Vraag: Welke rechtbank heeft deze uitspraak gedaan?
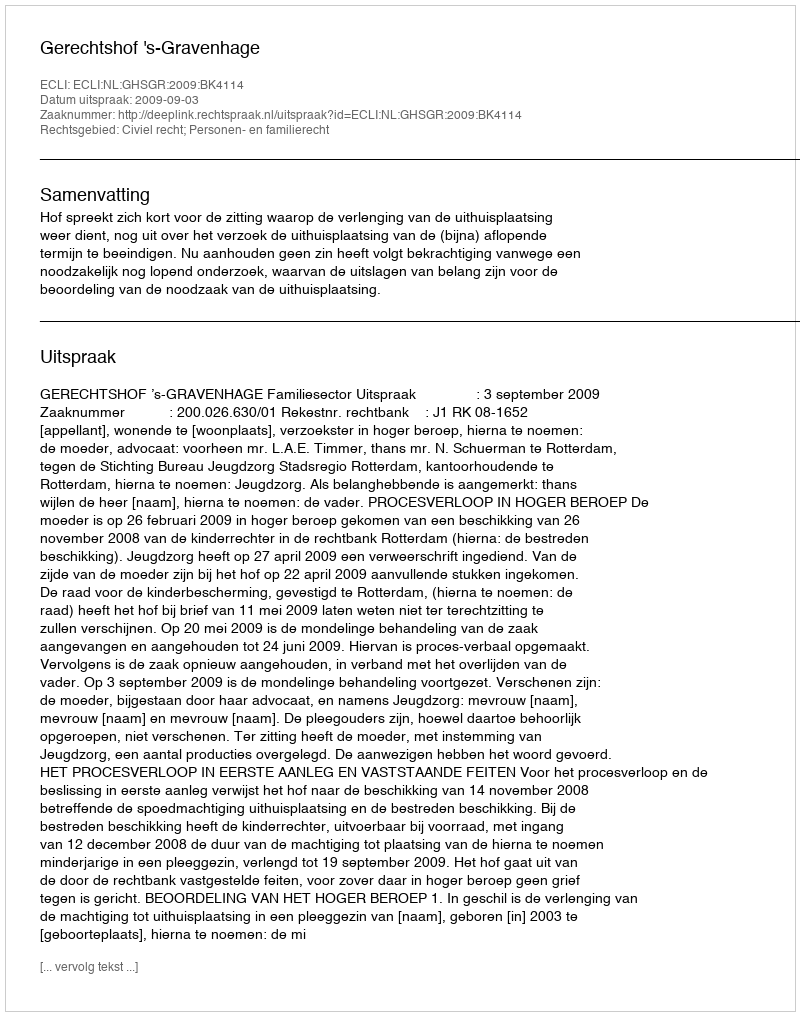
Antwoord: Gerechtshof 's-Gravenhage